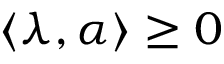
\langle \lambda , \alpha \rangle \geq 0